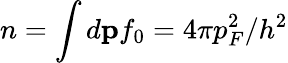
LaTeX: n=\int d{\mathbf p}f_{0}=4\pi p_{F}^{2}/h^{2}